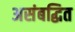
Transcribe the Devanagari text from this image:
असंबद्धित